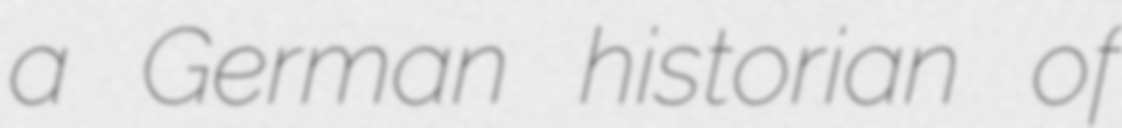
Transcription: a German historian of